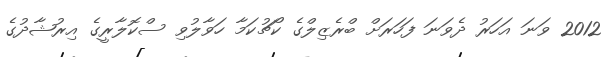
2012 ވަނަ އަހަރު ދެވަނަ ފަހަރަށް ބްރެޒިލްގެ ކޯޗުކަމާ ހަވާލުވި ސްކޮލާރީގެ އިރުޝާދުގެ